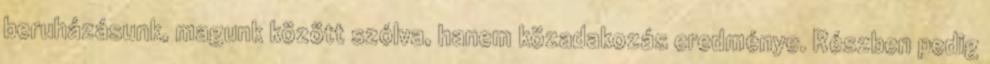
beruházásunk, magunk között szólva, hanem közadakozás eredménye. Részben pedig